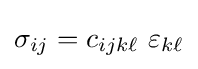
\sigma _{ij}=c_{ijk\ell }~\varepsilon _{k\ell }